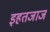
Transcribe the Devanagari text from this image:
इहतजाज